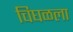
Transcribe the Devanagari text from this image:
चिघळला